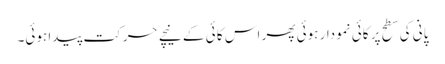
پانی کی سطح پر کائی نمودار ہوئی پھر اس کا ئی کے نیچے حرکت پیدا ہوئی۔